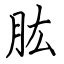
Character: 肱